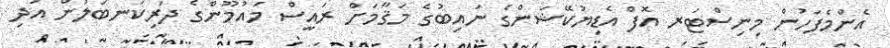
އެންމެފަހުން މިނިސްޓަރ އޮފް އެޑިޔުކޭޝަންގެ ނައިބުގެ މަޤާމަށް ރައީސް މައުމޫންގެ ދަރިކަނބަލުން އަދި